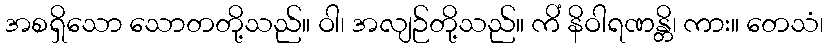
အစရှိသော သောတတို့သည်။ ဝါ၊ အလျဉ်တို့သည်။ ကိံ နိဝါရဏန္တိ၊ ကား။ တေသံ၊